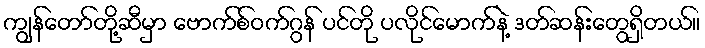
ကျွန်တော်တို့ဆီမှာ ဗောက်စ်ဝက်ဂွန် ပင်တို ပလိုင်မောက်နဲ့ ဒတ်ဆန်းတွေရှိတယ်။